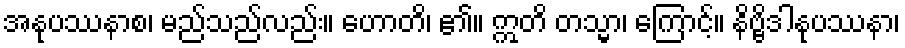
အနုပဿနာစ၊ မည်သည်လည်း။ ဟောတိ၊ ၏။ ဣတိ တသ္မာ၊ ကြောင့်။ နိဗ္ဗိဒါနုပဿနာ၊